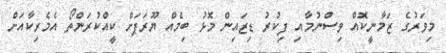
މިވަރުގެ ޒަމާނީކޮއް ވިސްނުމާއި ފިކުރު ޑިޒައިން މޮޅު ބިމެއް ޔޫރަޕަށް ކީއްކުރަންތޯ އެމެރިކާއަށް